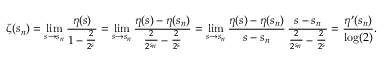
\zeta ( s _ { n } ) = \operatorname* { l i m } _ { s \to s _ { n } } { \frac { \eta ( s ) } { 1 - { \frac { 2 } { 2 ^ { s } } } } } = \operatorname* { l i m } _ { s \to s _ { n } } { \frac { \eta ( s ) - \eta ( s _ { n } ) } { { \frac { 2 } { 2 ^ { s _ { n } } } } - { \frac { 2 } { 2 ^ { s } } } } } = \operatorname* { l i m } _ { s \to s _ { n } } { \frac { \eta ( s ) - \eta ( s _ { n } ) } { s - s _ { n } } } \, { \frac { s - s _ { n } } { { \frac { 2 } { 2 ^ { s _ { n } } } } - { \frac { 2 } { 2 ^ { s } } } } } = { \frac { \eta ^ { \prime } ( s _ { n } ) } { \log ( 2 ) } } .